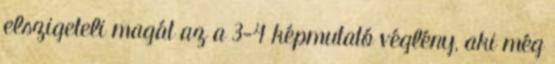
elszigeteli magát az a 3-4 képmutató véglény, aki még